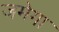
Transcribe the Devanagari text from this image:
जमेगा